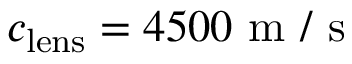
c _ { \mathrm { l e n s } } = 4 5 0 0 \mathrm { ~ m ~ / ~ s ~ }